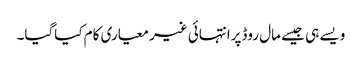
ویسے ہی جیسے مال روڈپرانتہائی غیر معیاری کام کیاگیا۔